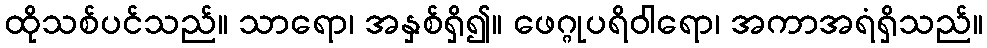
ထိုသစ်ပင်သည်။ သာရော၊ အနှစ်ရှိ၍။ ဖေဂ္ဂုပရိဝါရော၊ အကာအရံရှိသည်။